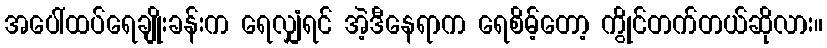
အပေါ်ထပ်ရေချိုးခန်းက ရေလျှံရင် အဲ့ဒီနေရာက ရေစိမ့်တော့ ကွိုင်တက်တယ်ဆိုလား။